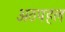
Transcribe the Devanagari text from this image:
अठपहल